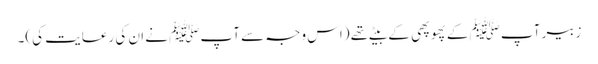
زبیر آپﷺ کے پھوپھی کے بیٹے تھے (اس وجہ سے آپﷺ نے ان کی رعایت کی)۔